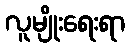
လူမျိုးရေးရာ